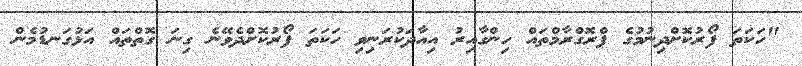
"ހަކަތަ ފޯރުކޮށްދިނުމުގެ ޕްރޮގްރާމްތައް ހިންގާއިރު އިއާދަކުރަނިވި ހަކަތަ ފޯރުކޮށްދެވޭނެ ގިނަ ގޮތްތައްް އަޅުގަނޑުމެން